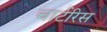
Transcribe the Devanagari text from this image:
चार्टरिस